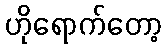
ဟိုရောက်တော့